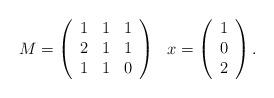
LaTeX: \begin{align*}M=\left(\begin{array}{ccc}1 &1&1\\2&1&1\\1&1&0\end{array}\right)\ \ x=\left(\begin{array}{c}1\\ 0 \\ 2\end{array}\right).\end{align*}